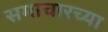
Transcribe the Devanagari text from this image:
समाचारच्या